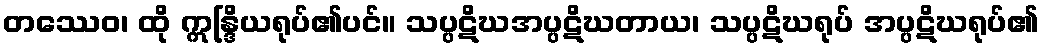
တဿေဝ၊ ထို ဣန္ဒြိယရုပ်၏ပင်။ သပ္ပဋိဃအပ္ပဋိဃတာယ၊ သပ္ပဋိဃရုပ် အပ္ပဋိဃရုပ်၏